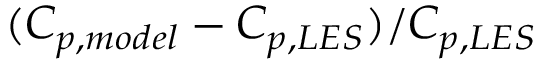
( C _ { p , m o d e l } - C _ { p , L E S } ) / C _ { p , L E S }